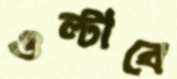
ওল্‌টাবে